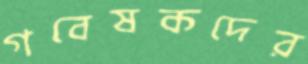
গবেষকদের